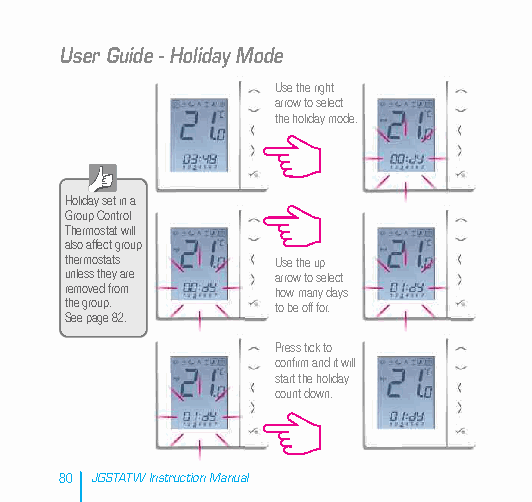
User Guide - Holiday Mode
 Use the right
 arrow to select
 the holiday mode.
 Holiday set in a
 Group Control
 Thermostat will
 also affect group
 thermostats   Use the up
 unless they are arrow to select
 removed from  how many days
 the group.    to be off for.
 See page 82.
 Press tick to
 confirm and it will
 start the holiday
 count down.
 80 JGSTATW Instruction Manual